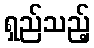
ရှည်သည့်